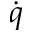
\dot { q }